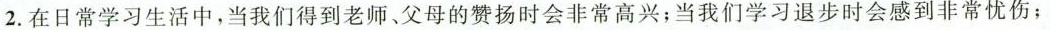
2.在日常学习生活中，当我们得到老师、父母的赞扬时会非常高兴；当我们学习退步时会感到非常忧伤；